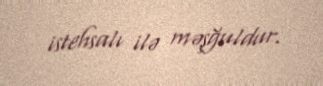
istehsalı ilə məşğuldur.